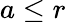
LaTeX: a\le r